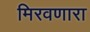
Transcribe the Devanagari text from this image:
मिरवणारा